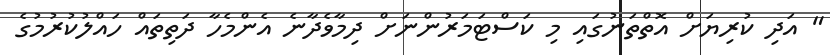
" އަދި ކުރިޔަށް އޮތްތަނުގައި މި ކަސްޓަމަރުންނަށް ދިމާވެދާނެ އެންމެހާ ދަތިތައް ހައްލުކުރުމުގެ